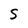
Character: S